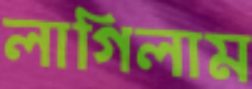
লাগিলাম